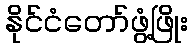
နိုင်ငံတော်ဖွံ့ဖြိုး